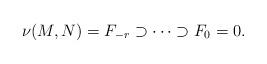
LaTeX: \begin{align*} \nu(M,N)=F_{-r}\supset \cdots \supset F_0=0.\end{align*}